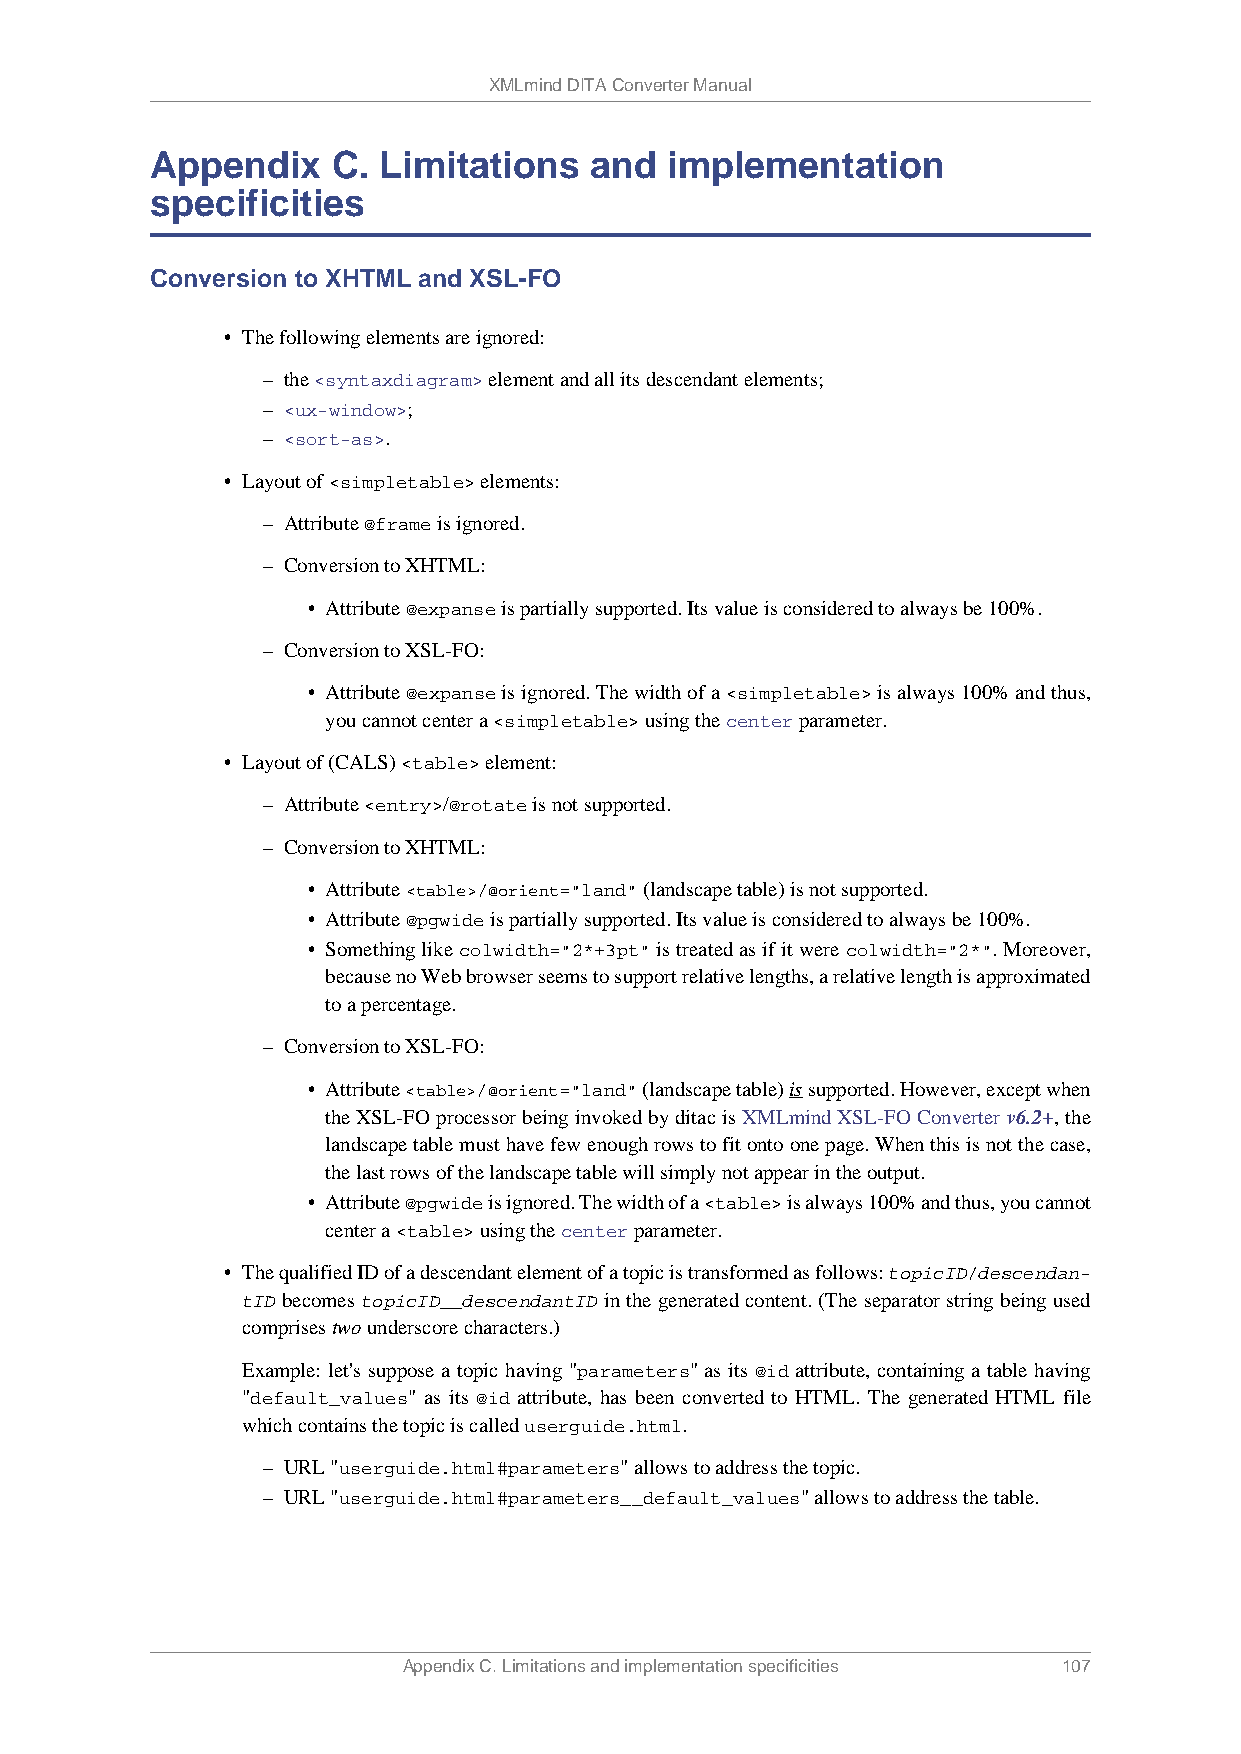
XMLmind DITA Converter Manual
 Appendix    C. Limitations   and  implementation
 specificities
 Conversion to XHTML and XSL-FO
 • The following elements are ignored:
 – the <syntaxdiagram> element and all its descendant elements;
 – <ux-window>;
 – <sort-as>.
 • Layout of <simpletable> elements:
 – Attribute @frame is ignored.
 – Conversion to XHTML:
 • Attribute @expanse is partially supported. Its value is considered to always be 100%.
 – Conversion to XSL-FO:
 • Attribute @expanse is ignored. The width of a <simpletable> is always 100% and thus,
 you cannot center a <simpletable> using the center parameter.
 • Layout of (CALS) <table> element:
 – Attribute <entry>/@rotate is not supported.
 – Conversion to XHTML:
 • Attribute <table>/@orient="land" (landscape table) is not supported.
 • Attribute @pgwide is partially supported. Its value is considered to always be 100%.
 • Something like colwidth="2*+3pt" is treated as if it were colwidth="2*". Moreover,
 because no Web browser seems to support relative lengths, a relative length is approximated
 to a percentage.
 – Conversion to XSL-FO:
 • Attribute <table>/@orient="land" (landscape table) is supported. However, except when
 the XSL-FO processor being invoked by ditac is XMLmind XSL-FO Converter v6.2+, the
 landscape table must have few enough rows to fit onto one page. When this is not the case,
 the last rows of the landscape table will simply not appear in the output.
 • Attribute @pgwide is ignored. The width of a <table> is always 100% and thus, you cannot
 center a <table> using the center parameter.
 • The qualified ID of a descendant element of a topic is transformed as follows: topicID/descendan-
 tID becomes topicID__descendantID in the generated content. (The separator string being used
 comprises two underscore characters.)
 Example: let's suppose a topic having "parameters" as its @id attribute, containing a table having
 "default_values" as its @id attribute, has been converted to HTML. The generated HTML file
 which contains the topic is called userguide.html.
 – URL "userguide.html#parameters" allows to address the topic.
 – URL "userguide.html#parameters__default_values" allows to address the table.
 Appendix C. Limitations and implementation specificities 107